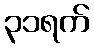
၃၁ရက်